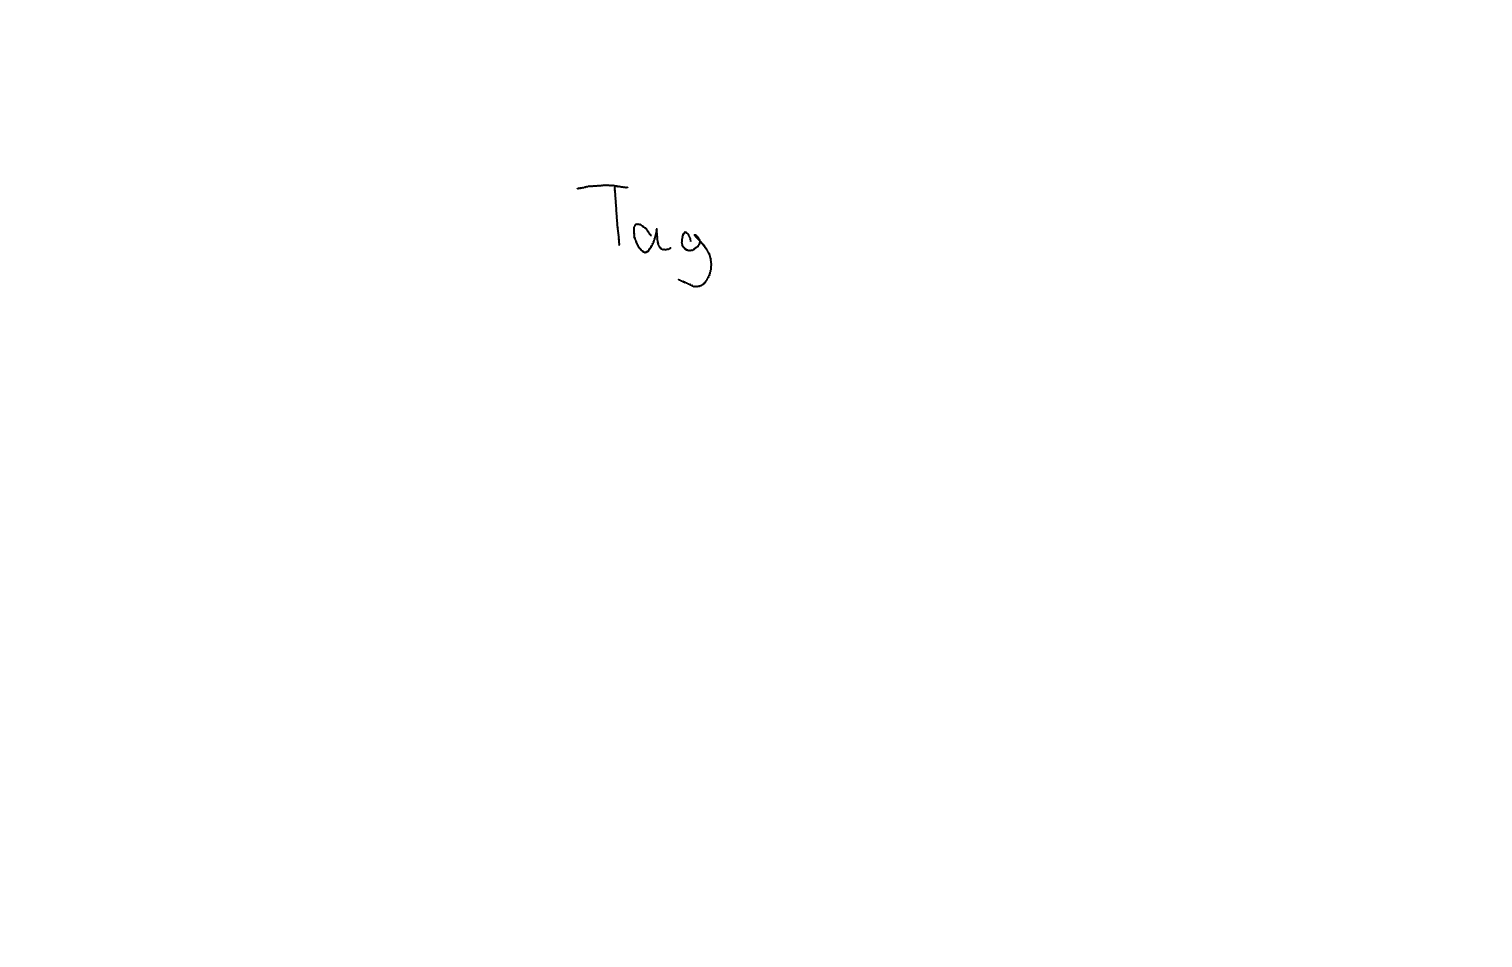
Text: Tag